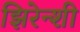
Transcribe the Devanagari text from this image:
झिरेन्शी